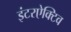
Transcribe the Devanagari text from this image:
इंटरऐक्टिव